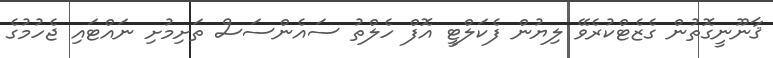
ޤާނޫނީގޮތުން ގެޒެޓްކުރެވޭ ލިޔުން ފެކަލްޓީ އޮފް ހެލްތު ސައެންސަސް ތަށިމުށި ނައްޓައި ޖެހުމުގެ